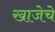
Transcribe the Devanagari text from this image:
खाजेचे